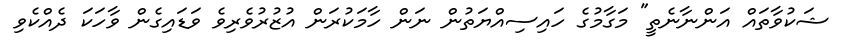
ޝަކުވާތައް އަންނާނެތީ" މަގާމުގެ ހައިސިއްޔަތުން ނަން ހާމަކުރަން އުޒުރުވެރިވެ ވަޑައިގެން ވާހަކަ ދެއްކެވި